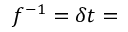
f ^ { - 1 } = \delta t =